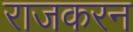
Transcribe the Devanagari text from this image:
राजकरन